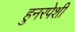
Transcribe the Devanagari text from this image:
हुनरपेशी